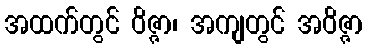
အထက်တွင် ဝိဇ္ဇာ၊ အကျတွင် အဝိဇ္ဇာ